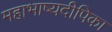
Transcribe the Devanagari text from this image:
महाभाष्यदीपिका